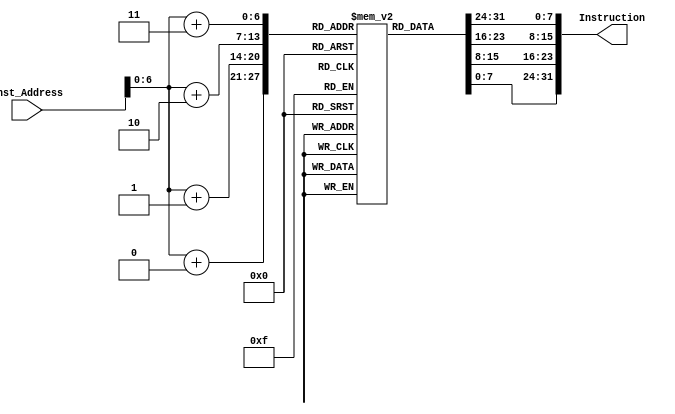
`timescale 1ns / 1ps

module Instruction_Memory
(
input [63:0] Inst_Address,
output reg [31:0] Instruction
);
reg [7:0] inst_mem [87:0];
initial
begin
inst_mem[0] = 8'b10000011;
inst_mem[1] = 8'b00110100;
inst_mem[2] = 8'b10000101;
inst_mem[3] = 8'b00000010;

inst_mem[4] = 8'b10110011;
inst_mem[5] = 8'b10000100;
inst_mem[6] = 8'b10011010;
inst_mem[7] = 8'b00000000;

inst_mem[8] = 8'b10010011;
inst_mem[9] = 8'b10000100;
inst_mem[10] = 8'b00010100;
inst_mem[11] = 8'b00000000;

inst_mem[12] = 8'b00100011;
inst_mem[13] = 8'b00110100;
inst_mem[14] = 8'b10010101;
inst_mem[15] = 8'b00000010;
end
always @(Inst_Address)
begin
Instruction[7:0] = inst_mem[Inst_Address+0];
      Instruction[15:8] = inst_mem[Inst_Address+1];
      Instruction[23:16] = inst_mem[Inst_Address+2];
      Instruction[31:24] = inst_mem[Inst_Address+3];
end
endmodule